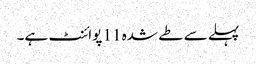
پہلے سے طے شدہ 11 پوائنٹ ہے۔